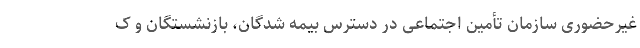
غیرحضوری سازمان تأمین اجتماعی در دسترس بیمه شدگان، بازنشستگان و ک